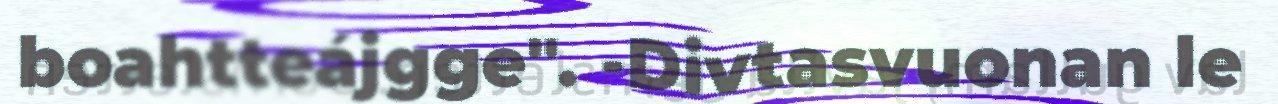
boahtteájgge". -Divtasvuonan le